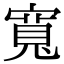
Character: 寬